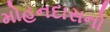
મોહનદાસનો